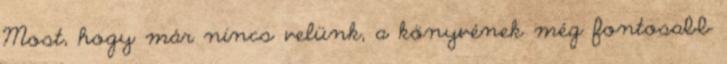
Most, hogy már nincs velünk, a könyvének még fontosabb